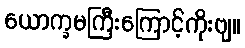
ယောက္ခမကြီးကြောင့်ကိုးဗျ။